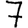
Digit: 7